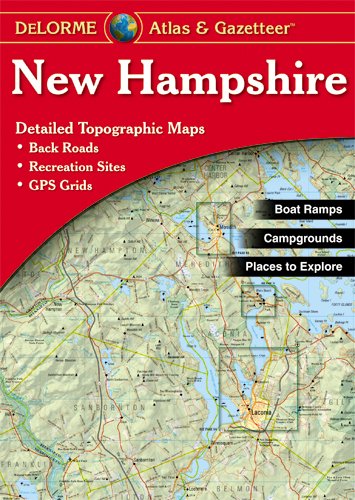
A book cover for New Hampshire Atlas and Gazetteer : Topographic Maps of the; Delorme; Travel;